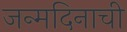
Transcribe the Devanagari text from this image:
जन्मदिनाची